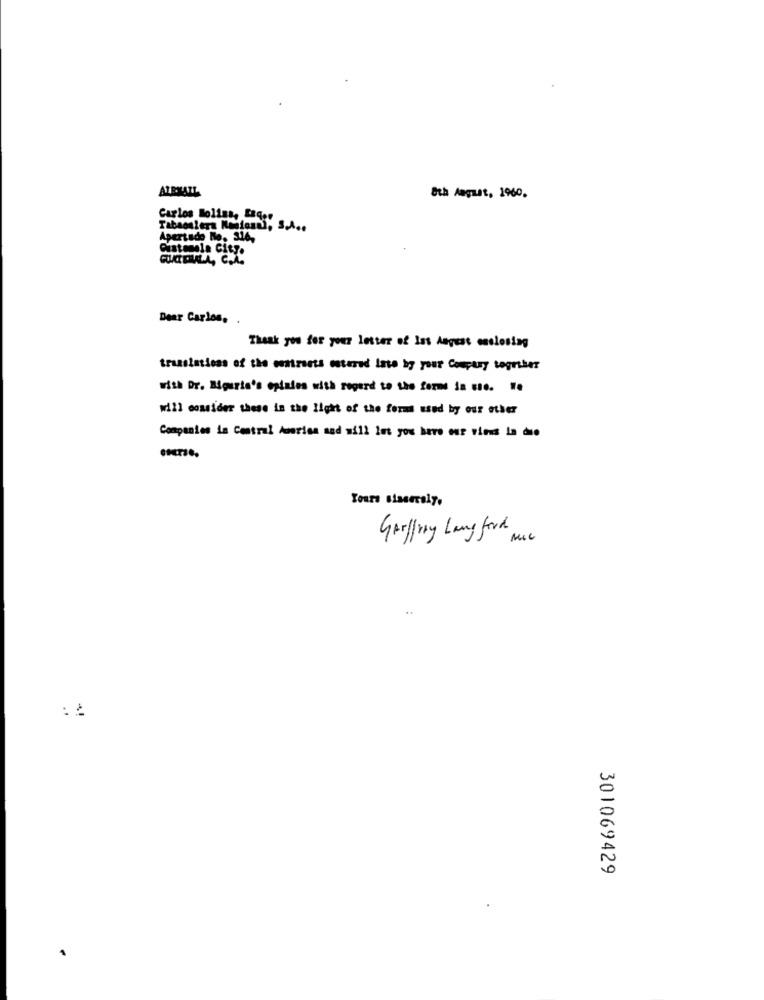
AZEMAIL
8th August, 1960.
Carlos loliss, faqer
Tabacalera Nasional, S.A ..
Apertado No. 316,
Cistenala City.
Dear Carlos. .
Thank you for your letter of Iss Angust enclosing
translations of the contracts entered late by your Company togriber
with Dr. Rgurte's opinies with regard to the forme in use. ..
will consider these in the light of the formi used by our etker
Companies in Central Auorion and will Int you have our vious In due
Yours sincerely.
Grilling Lang ford
: ¿
301069429